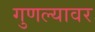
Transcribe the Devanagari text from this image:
गुणल्यावर